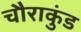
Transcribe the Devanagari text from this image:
चौराकुंड